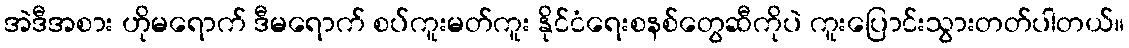
အဲဒီအစား ဟိုမရောက် ဒီမရောက် စပ်ကူးမတ်ကူး နိုင်ငံရေးစနစ်တွေဆီကိုပဲ ကူးပြောင်းသွားတတ်ပါတယ်။